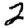
Digit: 2